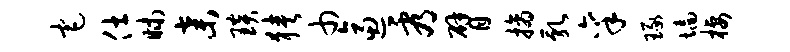
宅仕昧弃琰狭巾逼看臂摘乳禀琢墙栖